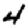
Digit: 4